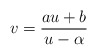
\begin{align*}v = \frac{au+b}{u-\alpha}\end{align*}